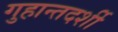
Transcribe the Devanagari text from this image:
गुहान्तदर्शी